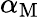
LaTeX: \alpha_{\mathrm{M}}